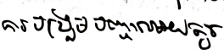
ការបង្រួមបញ្ហាអោយតូច